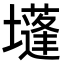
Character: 𡓄